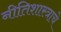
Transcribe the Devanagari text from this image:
नीतिशास्त्राचे